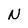
Character: N